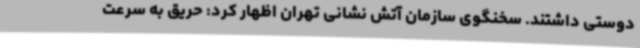
دوستی داشتند. سخنگوی سازمان آتش نشانی تهران اظهار کرد: حریق به سرعت